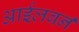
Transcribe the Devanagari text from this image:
आईलबर्न